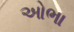
ઓભા